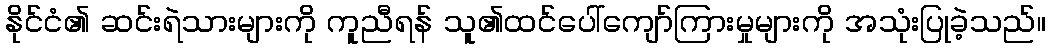
နိုင်ငံ၏ ဆင်းရဲသားများကို ကူညီရန် သူ၏ထင်ပေါ်ကျော်ကြားမှုများကို အသုံးပြုခဲ့သည်။